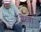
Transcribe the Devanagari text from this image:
गेरवा